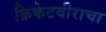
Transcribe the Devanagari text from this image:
क्रिकेटवीराचा